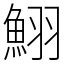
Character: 鮙